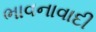
ભાવનાવાદી